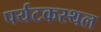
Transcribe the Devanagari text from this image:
पर्यटकस्थल